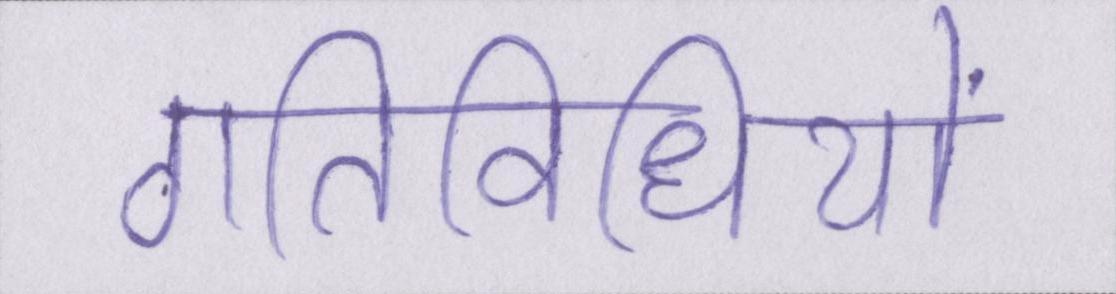
गतिविधियों